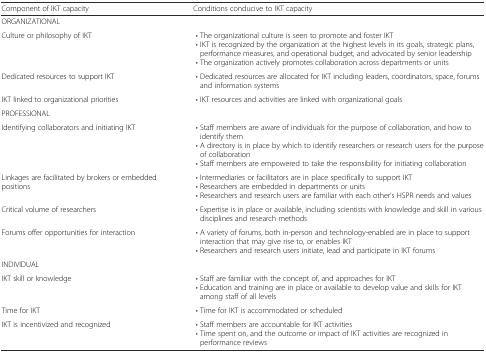
<table><thead><tr><td><b>Component of IKT capacity</b></td><td><b>Conditions conducive to IKT capacity</b></td></tr></thead><tbody><tr><td colspan="2">ORGANIZATIONAL</td></tr><tr><td>Culture or philosophy of IKT</td><td> • The organizational culture is seen to promote and foster IKT • IKT is recognized by the organization at the highest levels in its goals, strategic plans, performance measures, and operational budget, and advocated by senior leadership • The organization actively promotes collaboration across departments or units</td></tr><tr><td>Dedicated resources to support IKT</td><td> • Dedicated resources are allocated for IKT including leaders, coordinators, space, forums and information systems</td></tr><tr><td>IKT linked to organizational priorities</td><td> • IKT resources and activities are linked with organizational goals</td></tr><tr><td colspan="2">PROFESSIONAL</td></tr><tr><td>Identifying collaborators and initiating IKT</td><td> • Staff members are aware of individuals for the purpose of collaboration, and how to identify them • A directory is in place by which to identify researchers or research users for the purpose of collaboration • Staff members are empowered to take the responsibility for initiating collaboration</td></tr><tr><td>Linkages are facilitated by brokers or embedded positions</td><td> • Intermediaries or facilitators are in place specifically to support IKT • Researchers are embedded in departments or units • Researchers and research users are familiar with each other’s HSPR needs and values</td></tr><tr><td>Critical volume of researchers</td><td> • Expertise is in place or available, including scientists with knowledge and skill in various disciplines and research methods</td></tr><tr><td>Forums offer opportunities for interaction</td><td> • A variety of forums, both in-person and technology-enabled are in place to support interaction that may give rise to, or enables IKT • Researchers and research users initiate, lead and participate in IKT forums</td></tr><tr><td colspan="2">INDIVIDUAL</td></tr><tr><td>IKT skill or knowledge</td><td> • Staff are familiar with the concept of, and approaches for IKT • Education and training are in place or available to develop value and skills for IKT among staff of all levels</td></tr><tr><td>Time for IKT</td><td> • Time for IKT is accommodated or scheduled</td></tr><tr><td>IKT is incentivized and recognized</td><td> • Staff members are accountable for IKT activities • Time spent on, and the outcome or impact of IKT activities are recognized in performance reviews</td></tr></tbody></table>